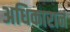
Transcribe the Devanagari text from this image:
अधिकारानं